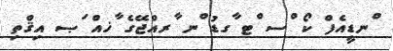
ްނޑީއެފް ކޯ ްސ ްޓ ާގޑު ްނ ާރއްޖޭގެ ާޚއް ަޞ އިޤްތި